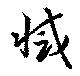
滅